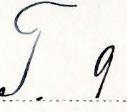
T. 9